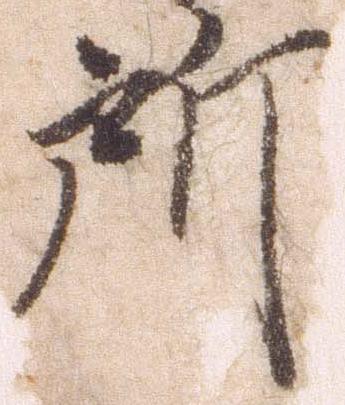
所